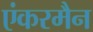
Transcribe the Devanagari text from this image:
एंकरमैन